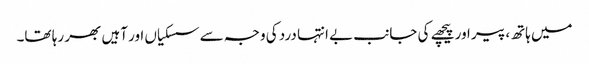
میں ہاتھ، پیر اور پیچھے کی جانب بے انتہا درد کی وجہ سے سسکیاں اور آہیں بھر رہا تھا۔